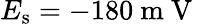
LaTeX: E_{\mathrm{s}}=-180\mathrm{~m~V~}